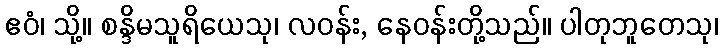
ဧဝံ၊ သို့။ စန္ဒိမသူရိယေသု၊ လဝန်း, နေဝန်းတို့သည်။ ပါတုဘူတေသု၊